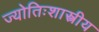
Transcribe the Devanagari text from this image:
ज्योतिःशास्त्रीय